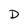
Character: D